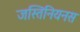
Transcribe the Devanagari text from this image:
जस्तिनियनस